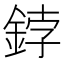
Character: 鋍